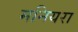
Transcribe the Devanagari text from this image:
मनियरा